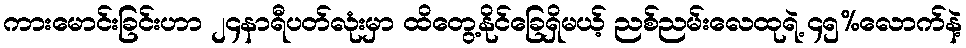
ကားမောင်းခြင်းဟာ ၂၄နာရီပတ်လုံးမှာ ထိတွေ့နိုင်ခြေရှိမယ့် ညစ်ညမ်းလေထုရဲ့ ၄၅%လောက်နဲ့